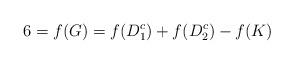
LaTeX: \begin{align*}6=f(G)=f(D_1^c)+f(D_2^c)-f(K)\end{align*}